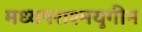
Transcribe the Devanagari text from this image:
मध्यपराश्मयुगीन